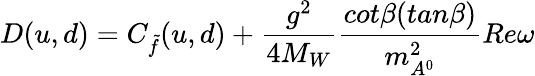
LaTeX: D(u,d)=C_{\tilde{f}}(u,d)+\frac{g^{2}}{4M_{W}}\frac{cot\beta(tan\beta)}{m_{A^{0}}^{2}}Re\omega